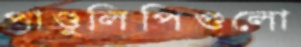
পাণ্ডুলিপিগুলো